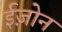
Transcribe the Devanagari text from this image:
ईज़ोन